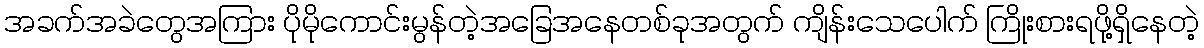
အခက်အခဲတွေအကြား ပိုမိုကောင်းမွန်တဲ့အခြေအနေတစ်ခုအတွက် ကျိန်းသေပေါက် ကြိုးစားရဖို့ရှိနေတဲ့